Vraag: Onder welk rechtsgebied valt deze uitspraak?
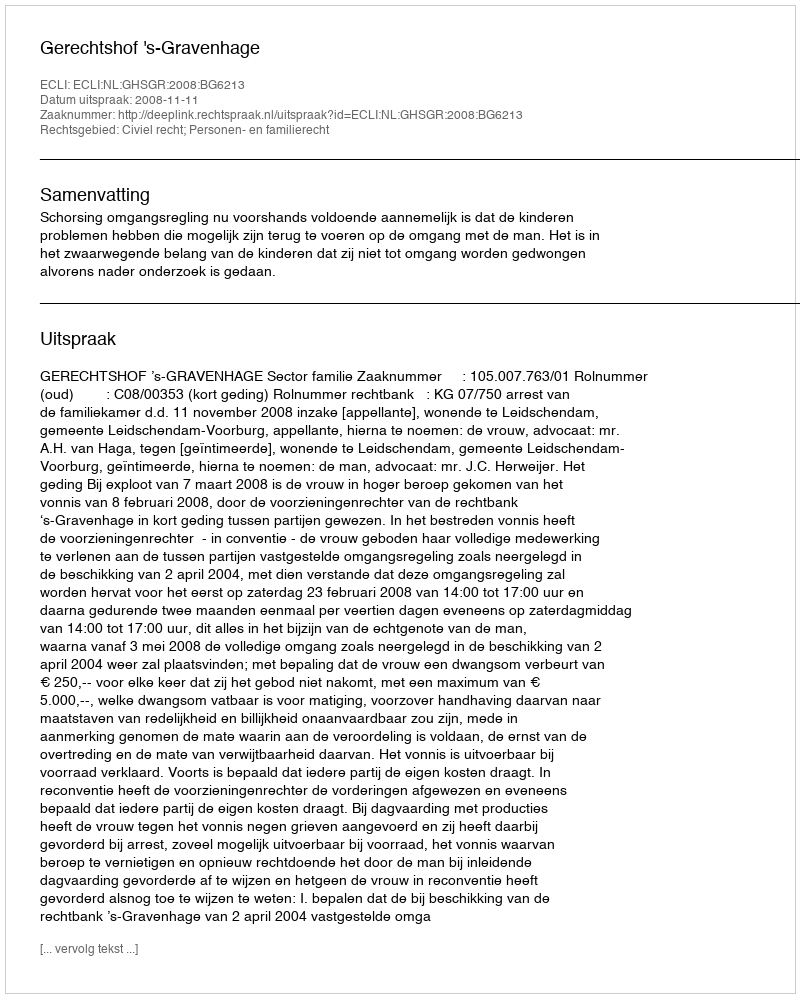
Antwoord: Civiel recht; Personen- en familierecht